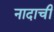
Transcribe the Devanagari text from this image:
नादाची